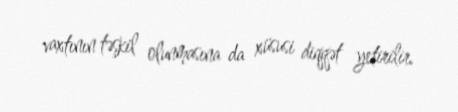
vaxtının təşkil olunmasına da xüsusi diqqət yetirilir.